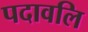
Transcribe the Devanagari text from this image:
पदावलि